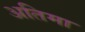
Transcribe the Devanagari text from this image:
अतिमा